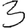
Digit: 3